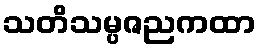
သတိသမ္ပဇညကထာ